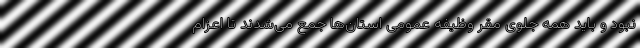
نبود و باید همه جلوی مقر وظیفه عمومی استان‌ها جمع می‌شدند تا اعزام